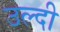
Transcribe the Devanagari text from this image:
उल्दी